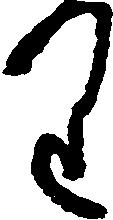
り